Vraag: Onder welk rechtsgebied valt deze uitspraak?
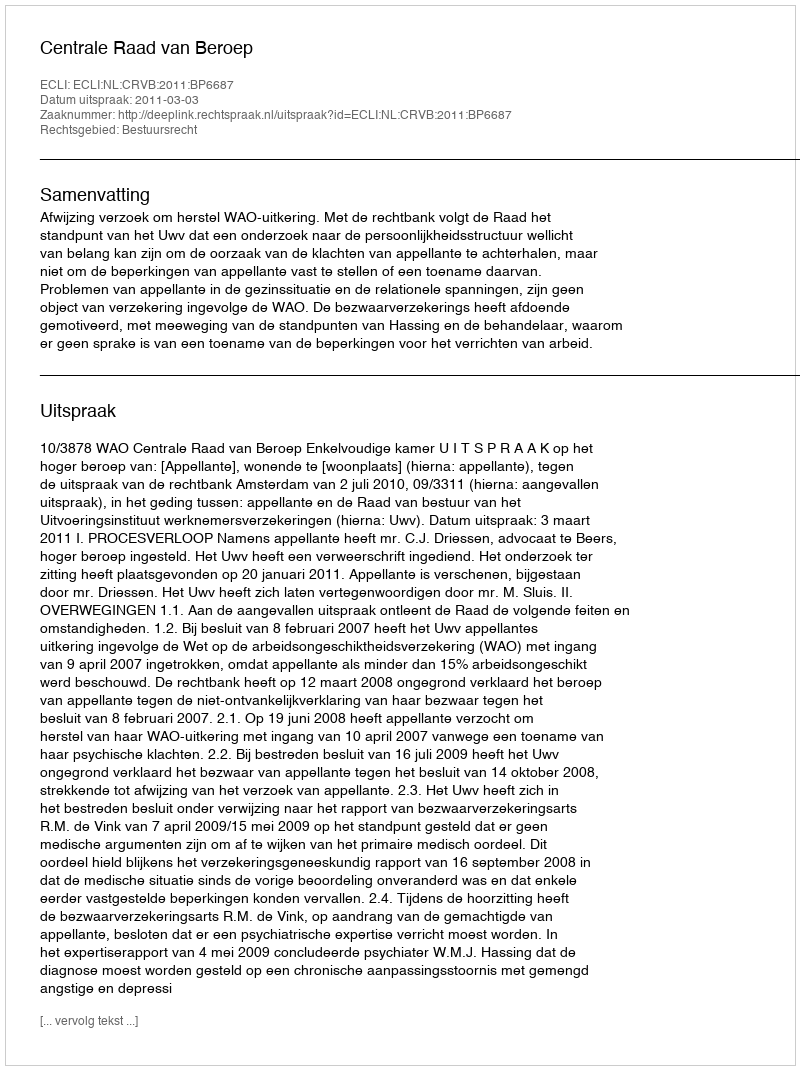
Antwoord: Bestuursrecht